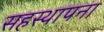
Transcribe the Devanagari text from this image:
सहस्थापना